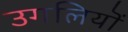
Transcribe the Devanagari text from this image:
उगलियॊं